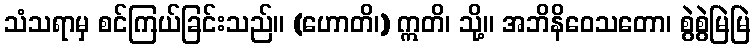
သံသရာမှ စင်ကြယ်ခြင်းသည်။ (ဟောတိ၊) ဣတိ၊ သို့။ အဘိနိဝေသတော၊ စွဲစွဲမြဲမြဲ